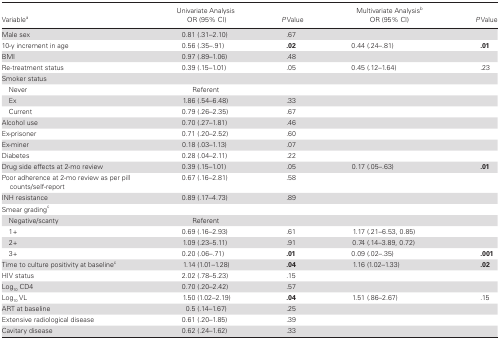
| Variablea | Univariate Analysis OR (95% CI) | P Value | Multivariate AnalysisbOR (95% CI) | P Value |
 | --- | --- | --- | --- | --- |
 | Male sex | 0.81 (.31–2.10) | .67 |  |  |
 | 10-y increment in age | 0.56 (.35–.91) | .02 | 0.44 (.24–.81) | .01 |
 | BMI | 0.97 (.89–1.06) | .48 |  |  |
 | Re-treatment status | 0.39 (.15–1.01) | .05 | 0.45 (.12–1.64) | .23 |
 | Smoker status |  |  |  |  |
 | Never | Referent |  |  |  |
 | Ex | 1.86 (.54–6.48) | .33 |  |  |
 | Current | 0.79 (.26–2.35) | .67 |  |  |
 | Alcohol use | 0.70 (.27–1.81) | .46 |  |  |
 | Ex-prisoner | 0.71 (.20–2.52) | .60 |  |  |
 | Ex-miner | 0.18 (.03–1.13) | .07 |  |  |
 | Diabetes | 0.28 (.04–2.11) | .22 |  |  |
 | Drug side effects at 2-mo review | 0.39 (.15–1.01) | .05 | 0.17 (.05–.63) | .01 |
 | Poor adherence at 2-mo review as per pill counts/self-report | 0.67 (.16–2.81) | .58 |  |  |
 | INH resistance | 0.89 (.17–4.73) | .89 |  |  |
 | Smear gradingc |  |  |  |  |
 | Negative/scanty | Referent |  |  |  |
 | 1+ | 0.69 (.16–2.93) | .61 | 1.17 (.21–6.53, 0.85) |  |
 | 2+ | 1.09 (.23–5.11) | .91 | 0.74 (.14–3.89, 0.72) |  |
 | 3+ | 0.20 (.06–.71) | .01 | 0.09 (.02–.35) | .001 |
 | Time to culture positivity at baselinec | 1.14 (1.01–1.28) | .04 | 1.16 (1.02–1.33) | .02 |
 | HIV status | 2.02 (.78–5.23) | .15 |  |  |
 | Log10 CD4 | 0.70 (.20–2.42) | .57 |  |  |
 | Log10 VL | 1.50 (1.02–2.19) | .04 | 1.51 (.86–2.67) | .15 |
 | ART at baseline | 0.5 (.14–1.67) | .25 |  |  |
 | Extensive radiological disease | 0.61 (.20–1.85) | .39 |  |  |
 | Cavitary disease | 0.62 (.24–1.62) | .33 |  |  |